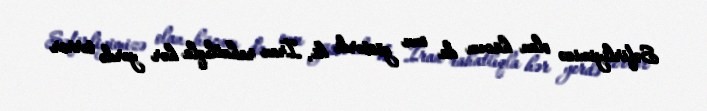
Səfirliyimizə olan hücum da onu göstərdi ki, İran rahatlıqla hər yerdə terror